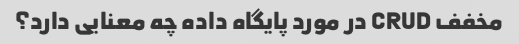
مخفف CRUD در مورد پایگاه داده چه معنایی دارد؟